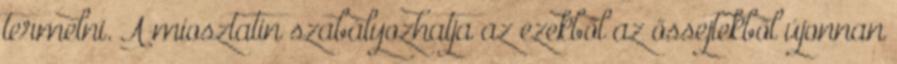
termelni. A miosztatin szabályozhatja az ezekből az őssejtekből újonnan